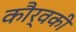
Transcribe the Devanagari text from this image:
कौर्वकी